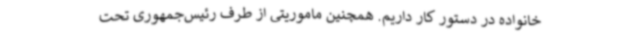
خانواده در دستور کار داریم. همچنین ماموریتی از طرف رئیس‌جمهوری تحت